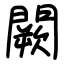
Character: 闕